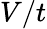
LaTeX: V/t